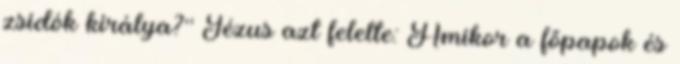
zsidók királya?'' Jézus azt felelte: Amikor a főpapok és